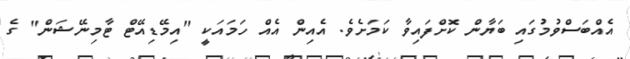
އެއްބަސްވުމުގައި ބަޔާން ކޮށްފައިވާ ކަމަށެވެ. އެއިން އެއް ހަމައަކީ "އިމޭޑިއޭޓް ޓާމިނޭޝަން" ގެ